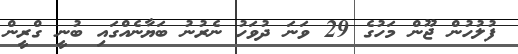
ފުލުހުން ޖޫން މަހުގެ 29 ވަނަ ދުވަހު ނެރުނު ބަޔާނެއްގައި ބުނީ ގްރީން